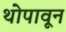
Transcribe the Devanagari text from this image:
थोपावून